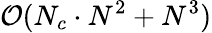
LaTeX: \mathcal{O}(N_{c}\cdot N^{2}+N^{3})